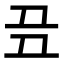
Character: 𬻈